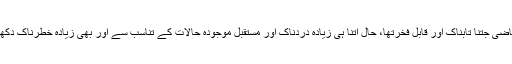
پی آ ئی اے کا ماضی جتنا تابناک اور قابلِ فخرتھا، حال اتنا ہی زیادہ دردناک اور مستقبل موجودہ حالات کے تناسب سے اور بھی زیادہ خطرناک دکھائی دے رہا ہے۔